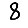
Digit: 8